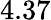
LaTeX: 4.37